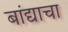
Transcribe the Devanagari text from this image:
बांद्याचा